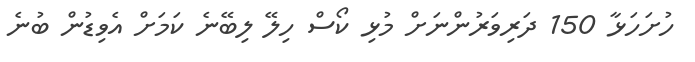
ހުށަހަޅާ 150 ދަރިވަރުންނަށް މުޅި ކޯސް ހިލޭ ލިބޭނެ ކަމަށް އެވިޑުން ބުނެ